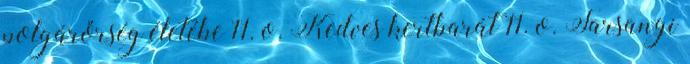
polgárőrség életébe 11. o. Kedves kertbarát 11. o. Farsangi